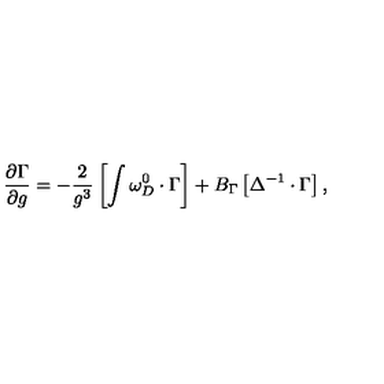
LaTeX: \frac { \partial \Gamma } { \partial g } = - \frac 2 { g ^ { 3 } } \left[ \int \omega _ { D } ^ { 0 } \cdot \Gamma \right] + B _ { \Gamma } \left[ \Delta ^ { - 1 } \cdot \Gamma \right] ,